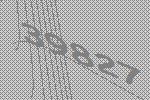
39827